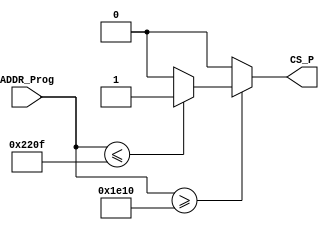
module ADDRDecoding_Prog(
	input [31:0] ADDR_Prog,
	output reg CS_P 
);
	reg [31:0] inferior, superior;
	
	// Memoria programa de 1kB (0x400 Bytes), comeando em 13d * 250h = 0x1E10
	// Memoria de programa 1E10h a 220Fh
	always @ (*)
	begin
		inferior = 32'h1E10;
		superior = 32'h220F;
		if(ADDR_Prog >= inferior) 
		begin
			if(ADDR_Prog <= superior)
			begin
				CS_P = 1; 
			end
			else CS_P = 0;
		end
		else CS_P = 0;	
	end 
	
endmodule